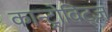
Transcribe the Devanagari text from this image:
कान्ट्रोविट्ज़